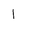
Letter: _alif